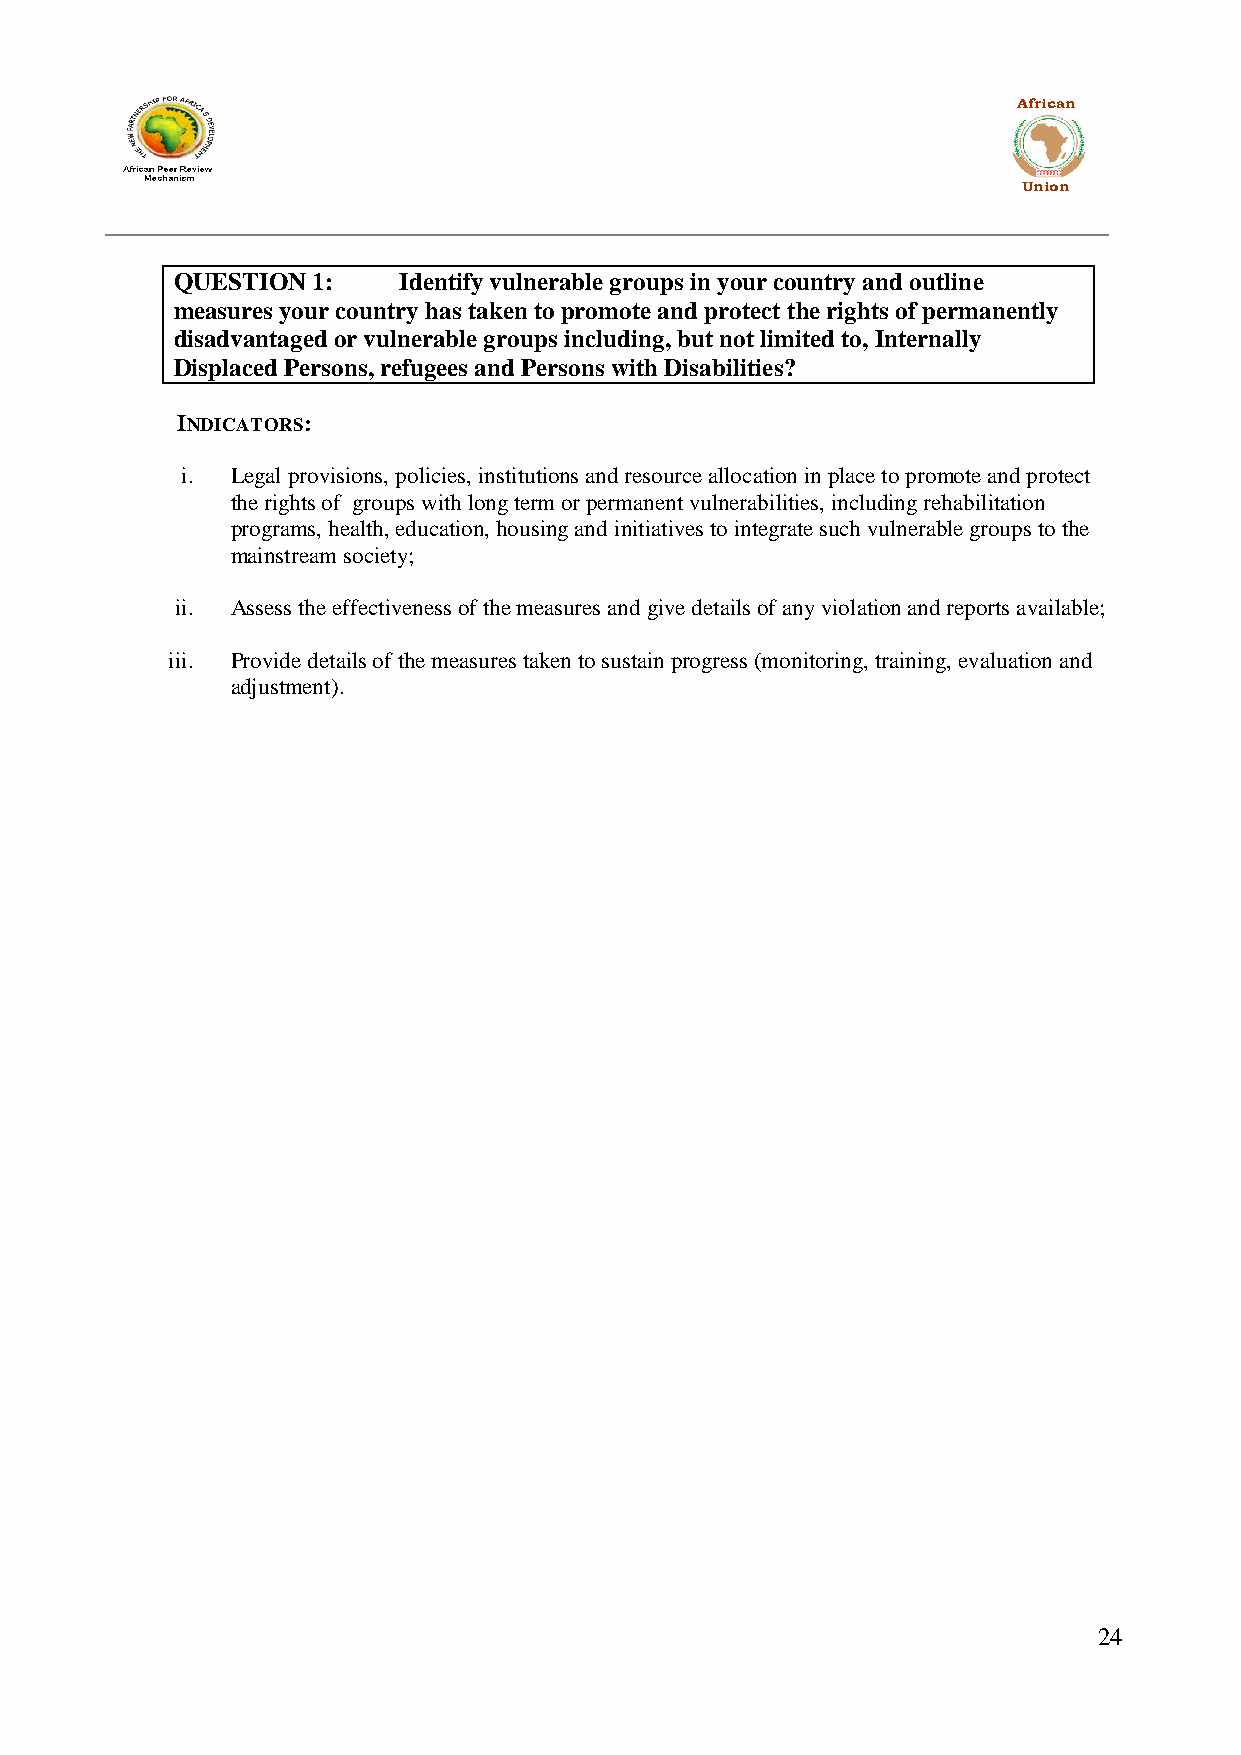
African
 Union
 QUESTION 1:   Identify vulnerable groups in your country and outline
 measures your country has taken to promote and protect the rights of permanently
 disadvantaged or vulnerable groups including, but not limited to, Internally
 Displaced Persons, refugees and Persons with Disabilities?
 INDICATORS:
 i. Legal provisions, policies, institutions and resource allocation in place to promote and protect
 the rights of groups with long term or permanent vulnerabilities, including rehabilitation
 programs, health, education, housing and initiatives to integrate such vulnerable groups to the
 mainstream society;
 ii. Assess the effectiveness of the measures and give details of any violation and reports available;
 iii. Provide details of the measures taken to sustain progress (monitoring, training, evaluation and
 adjustment).
 24